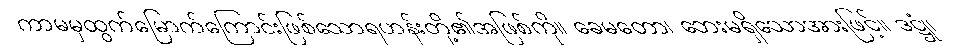
ကာမမှထွက်မြောက်ကြောင်းဖြစ်သောရဟန်းတို့၏အဖြစ်ကို။ ခေမတော၊ ဘေးမရှိသောအားဖြင့်။ ဒဋ္ဌုံ၊